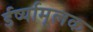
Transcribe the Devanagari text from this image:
ईर्ष्यामूलक